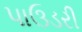
પાઉડરી